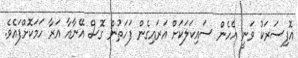
އޮފިސަރަކު ވަނީ އެހެން ސައިކަލަކަށް އަރައިގެން ފަހަތުން ގޮސް އޭނާއާ އަރާ ހަމަކޮށްފައެވެ.